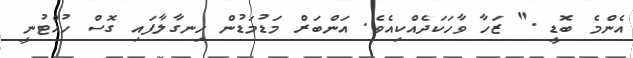
އެންމެ ބޮޑީ ." ޒަހާ ވާހަކަދެއްކިއެވެ. އަންބަރް މަޑުމަޑުން ހިނގާލާފައި ގޮސް ހުއްޓުނީ